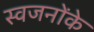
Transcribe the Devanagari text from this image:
स्वजनोंके